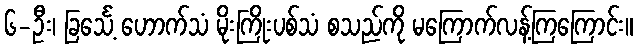
၆-ဦး၊ ခြင်္သေ့ ဟောက်သံ မိုးကြိုးပစ်သံ စသည်ကို မကြောက်လန့်ကြကြောင်း။